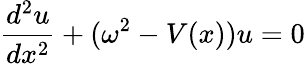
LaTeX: \frac{d^{2}u}{dx^{2}}+(\omega^{2}-V(x))u=0